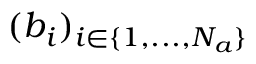
( b _ { i } ) _ { i \in \{ 1 , . . . , N _ { a } \} }